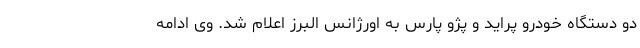
دو دستگاه خودرو پراید و پژو پارس به اورژانس البرز اعلام شد. وی ادامه